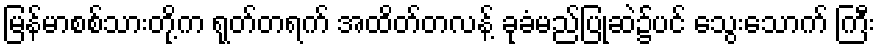
မြန်မာစစ်သားတို့က ရုတ်တရက် အထိတ်တလန့် ခုခံမည်ပြုဆဲ၌ပင် သွေးသောက် ကြီး